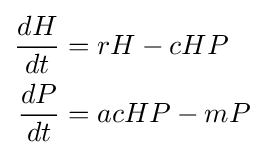
{\begin{aligned}{\frac {dH}{dt}}&=rH-cHP\\{\frac {dP}{dt}}&=acHP-mP\\\end{aligned}}